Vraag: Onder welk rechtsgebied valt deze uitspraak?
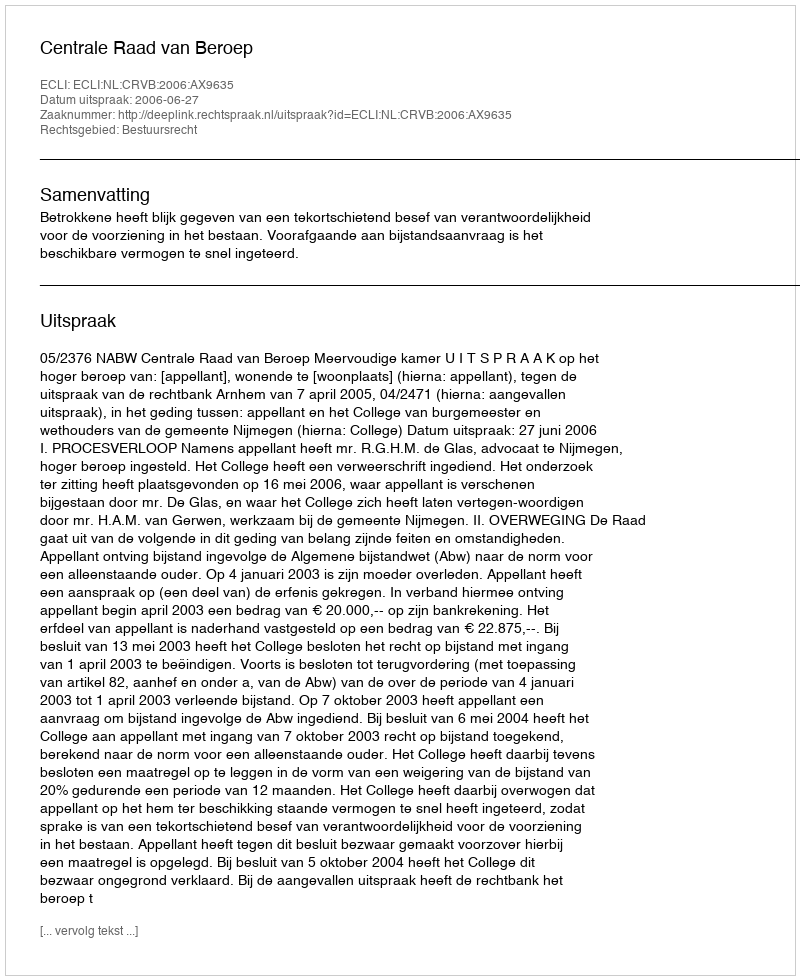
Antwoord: Bestuursrecht